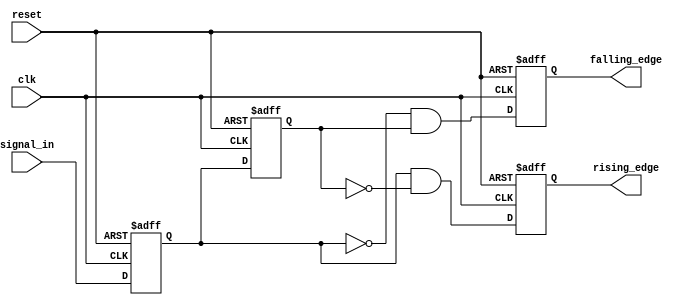
module glitch_free_edge_detector (
    input wire clk,               // Clock signal
    input wire reset,             // Asynchronous reset signal
    input wire signal_in,         // Input signal to detect edges
    output reg rising_edge,       // Output signal for rising edge detection
    output reg falling_edge       // Output signal for falling edge detection
);

    // Memory blocks to hold the previous and current states
    reg current_state;            // Current state of the input signal
    reg prev_state;               // Previous state of the input signal

    // Sequential logic for state updates
    always @(posedge clk or posedge reset) begin
        if (reset) begin
            // Initialize states on reset
            current_state <= 1'b0;
            prev_state <= 1'b0;
            rising_edge <= 1'b0;
            falling_edge <= 1'b0;
        end else begin
            // Update the previous state to the current state
            prev_state <= current_state;
            // Update the current state with the input signal
            current_state <= signal_in;

            // Edge detection logic
            rising_edge <= (current_state && ~prev_state);  // Rising edge detected
            falling_edge <= (~current_state && prev_state); // Falling edge detected
        end
    end

endmodule